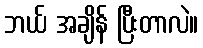
ဘယ် အချိန် ပြီးတာလဲ။